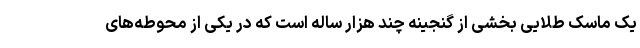
یک ماسک طلایی بخشی از گنجینه چند هزار ساله است که در یکی از محوطه‌های